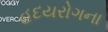
હદયરોગના